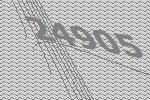
24905